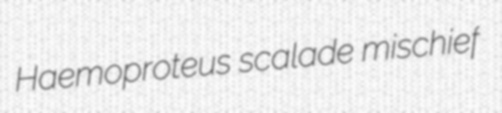
Haemoproteus scalade mischief